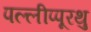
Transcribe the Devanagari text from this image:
पल्लीप्पूरथु